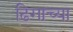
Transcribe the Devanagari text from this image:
ढिगाच्या